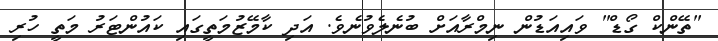
"ތޭންކް ގޯޑް" ވައިއަޑުން ނިމްރާއަށް ބުނެލެވުނެވެ. އަދި ކާމޭޒުމަތީގައި ކައުންޓަރު މަތީ ހުރި